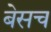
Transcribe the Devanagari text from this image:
बेसच